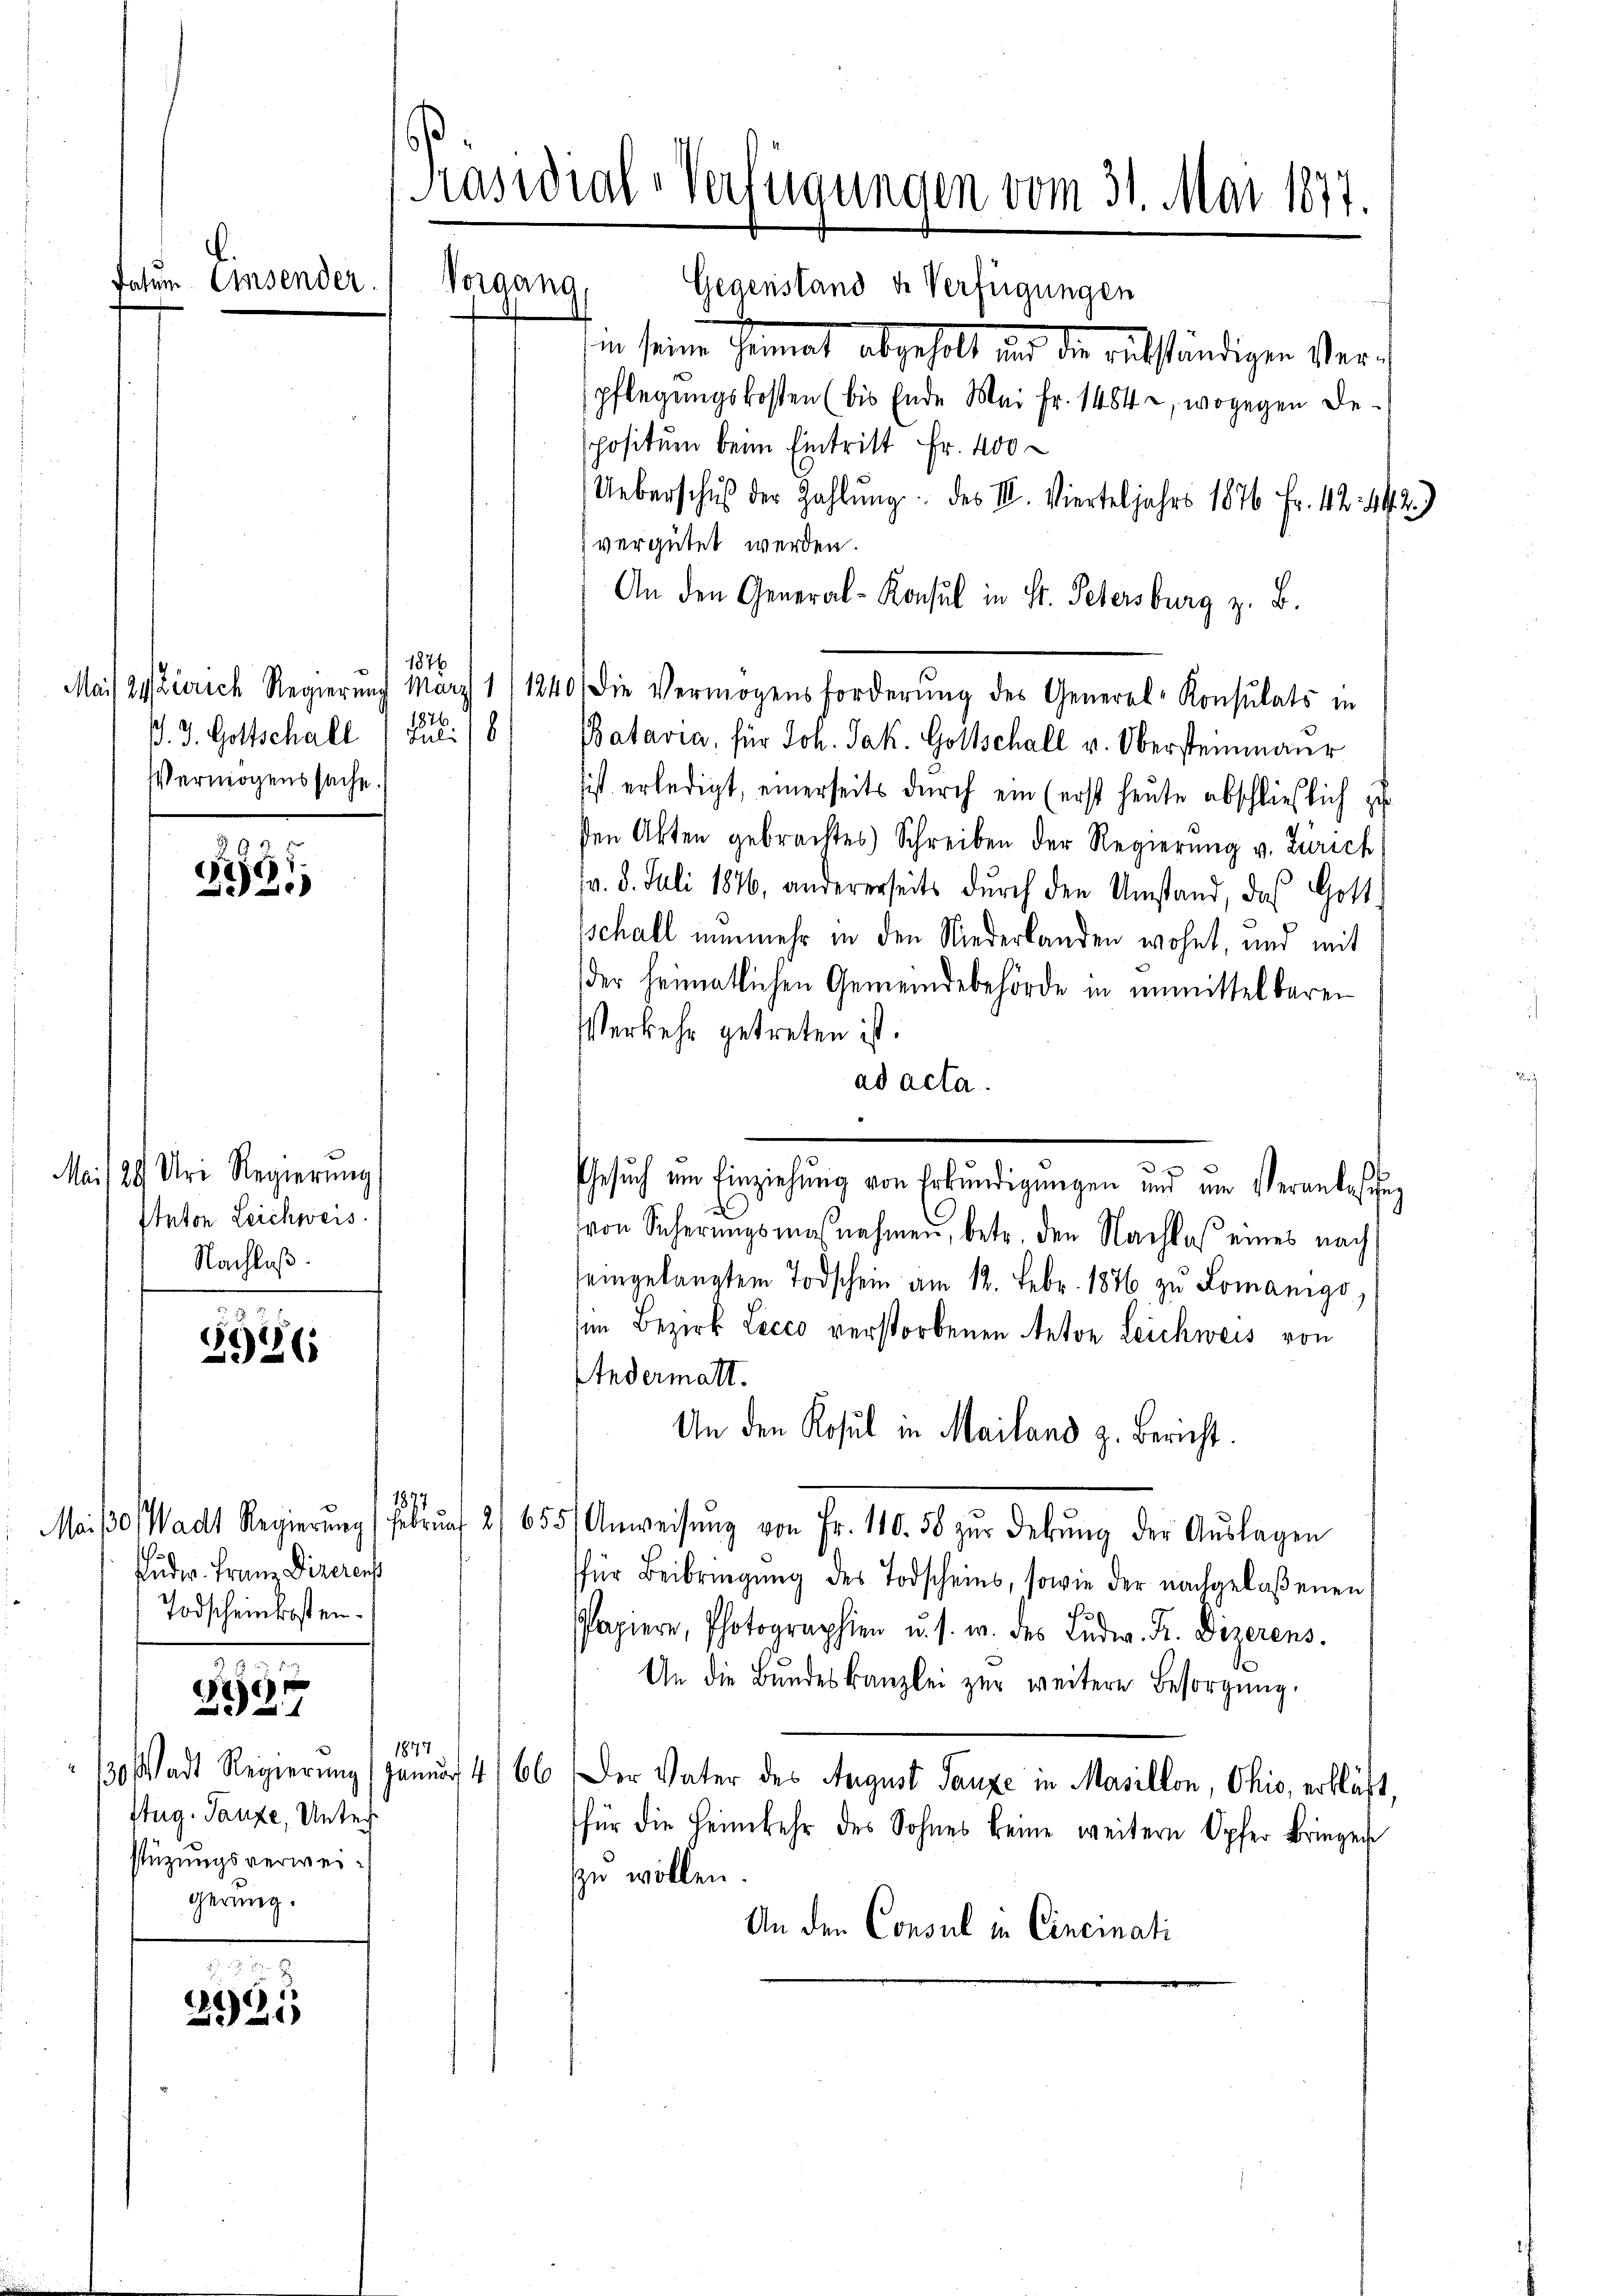
.

datum Eisender.

5

5946

97

2921

Mai 1849 Uri Regierung
Anton Leichweis
Nachlaß.

1876
1876.
Juli 18
B. J. Gottschall
Vermögenssache.

1877
Fuder. Franz Dizerens
Todscheinkosten.

130 Stadt Regierung
Aug. Pauze, Unter
stüzungsverweigerung.

Kasidial-Verfügungen vom 31. Mai 1877.
Vergang
Gegenstand de Verfügungen

in seine Heimat abgeholt und die ausständigen Verpflegŭngskosten (bis Ende Mai fr. 1484, wogegen De-
spositum beim Eintritt Fr. 400
Ueberschuß der Zahlŭng des III. Vierteljahrs 1876 Fr. 42. 442.)
vergütet werden.
An den General-Konsul in St. Petersburg z. B.
Mais 24 Zürich Regierŭng März 1/1240) Die Vermögensforderŭng des General-Konsulats in
BBatavia, für Joh. Jak. Gottschall v. Obersteinmaur
ist erledigt, einerseits durch ein (erst heute abschließlich zu
sen Akten gebrachtes Schreiben der Regierŭng v. Zürich
v. 5. Juli 1846, andererseits durch den Umstand, das Gott
schall nunmehr in den Niederlanden wohnt, und mit
der heimatlichen Gemeindebehörde in unmittelbaren
Verkehr getreten ist.
ad acta.
Gesuch im Einziehung von Erkundigungen und am Veranlassung
e
von Sicherungsmaßnahmen, betr. den Nachlaß eines nach
seingelangtem Todschein am 12. Febr. 1876 zu Lomanigo,
(im Bezirk Lecco verstorbenen Anton Leichweis von
Andermatt.
Un den Kosul in Mailand z. Bericht.
Maiβ, Wadt Regierŭng Febrŭat 2/655/ Anweisŭng von Fr. 110. 58 zŭr debŭng der Aŭslagen
für Beibringŭng des Todscheins, sowie der nachgelaßenen
Papiere, Photographien u. s. w. des Lŭdw. Fr. Dizerens.
An die Bŭndeskanzlei zur weitere Besorgŭng.
1877
Januar 4
66. Der Vater des August Tanze in Masillon, Ohio, erklärt,
für die Heimkehr des Sohnes keine weitern Opfer Bringen
zu wollen.
An den Consul in Cincinati